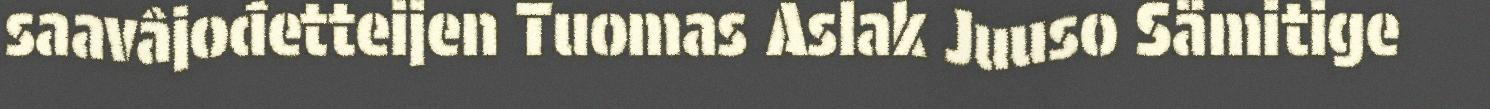
saavâjođetteijen Tuomas Aslak Juuso Sämitige